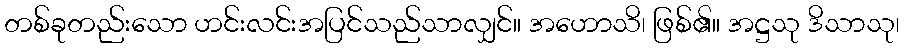
တစ်ခုတည်းသော ဟင်းလင်းအပြင်သည်သာလျှင်။ အဟောသိ၊ ဖြစ်၏။ အဋ္ဌသု ဒိသာသု၊